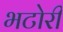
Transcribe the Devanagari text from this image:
भटोरी